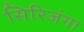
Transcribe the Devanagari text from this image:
सिरिजंगा